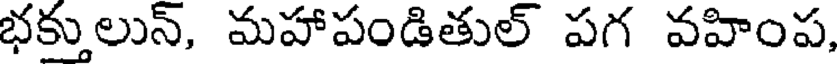
భక్తులున్, మహాపండితుల్ పగ వహింప,